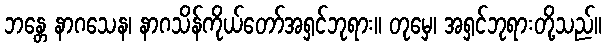
ဘန္တေ နာဂသေန၊ နာဂသိန်ကိုယ်တော်အရှင်ဘုရား။ တုမှေ၊ အရှင်ဘုရားတို့သည်။